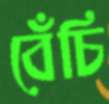
বেঁচি